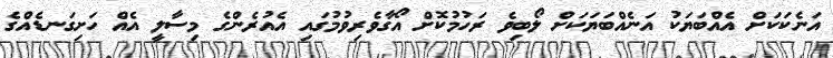
އަނެކަކަށް އެއްބަޔަކު އަނެއްބަޔަކަށް ލޯބިވެ ރަހުމުކޮށް އޯގާވެރިވުމުގައި އެއުރެންގެ މިސާލީ އެއް ހަށިގަނޑެެއްގެ